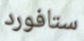
ستافورد